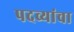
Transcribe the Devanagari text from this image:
पदव्यांचा